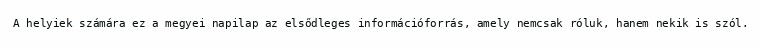
A helyiek számára ez a megyei napilap az elsődleges információforrás, amely nemcsak róluk, hanem nekik is szól.